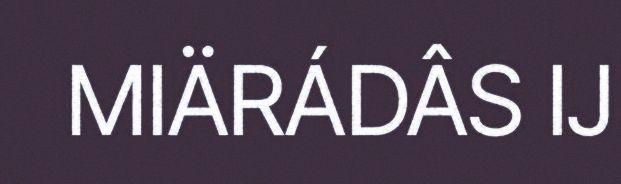
MIÄRÁDÂS IJ